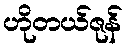
ဟိုတယ်ဇုန်